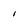
Character: i